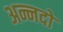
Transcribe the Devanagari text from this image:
अन्नदो